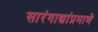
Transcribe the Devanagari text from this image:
सारंगाद्यांप्रमाणे